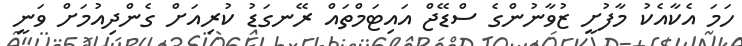
ހަމަ އެކާއެކު މާފުށީ ޒުވާނުންގެ ސްޑޭޖް އައިޓަމްތައް ރޭނގަޑު ކުރިއަށް ގެންދިއުމަށް ވަނީ